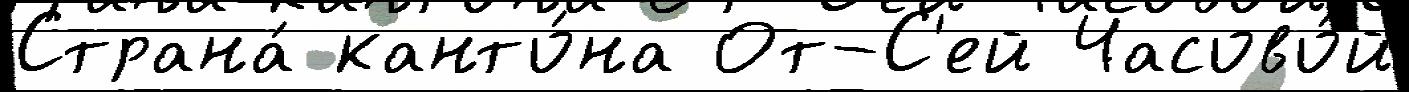
Страна́ канто́на От-С'ей Часово́й